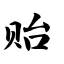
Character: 贻